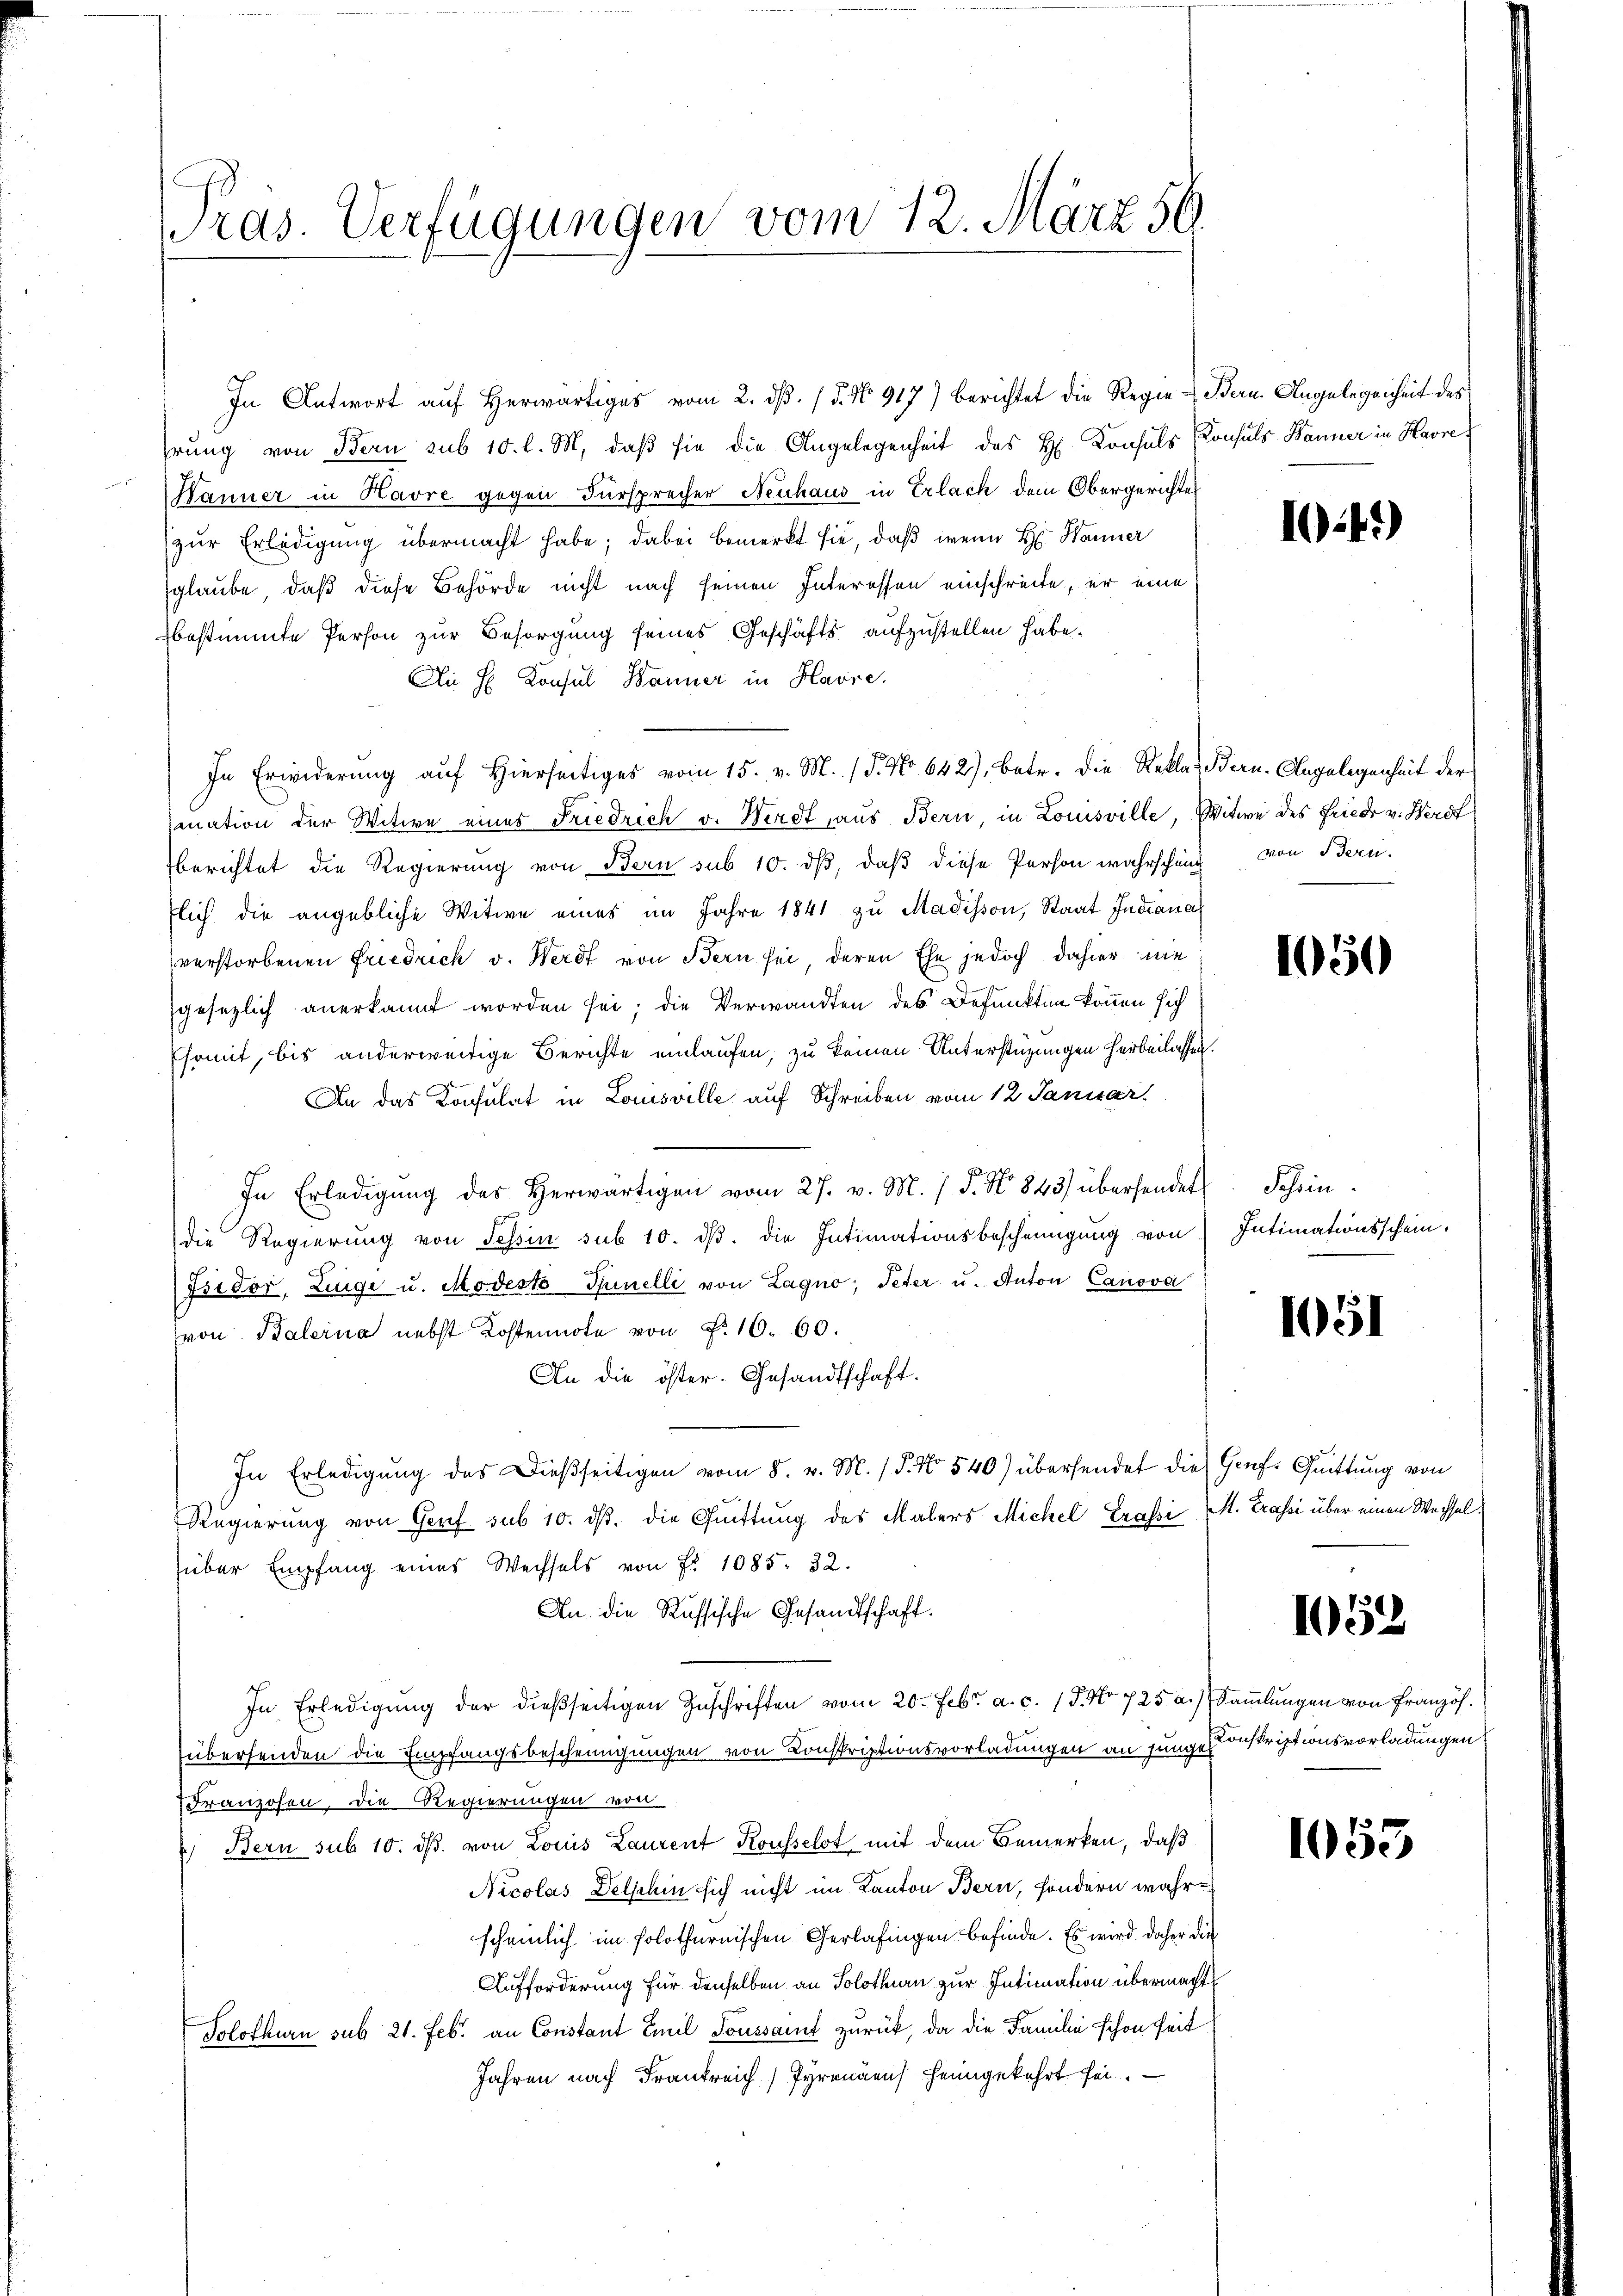
Pras. Verfügungen vom 12. März 56.

In Antwort auf Herwärtiges vom 2. dß. / 5. No 917) berichtet die Regie-Bern. Angelegenheit des
hrung von Bern sub 10. l. M. daβ sie die Angelegenheit des H. Konsuls Konsuls Banner in Havre
Hanner in Havre gegen Fürsprecher Neuhaus in Erlach dem Obergerichte
zur Erledigung übermacht habe; dabei bemerkt sie, daß wenn H: Wanner
glaube, daß diese Behörde nicht nach seinen Interessen einschreite, er eine
bestimmte Person zur Besorgung seines Geschäfts aufzustellen habe.
Ai H. Konsul Banner in Havre.
In Erwiderung auf hierseitiges vom 15. v. M. (T. No 642), betr. die Rekla Bern. Angelegenheit der
Quation der Witwe eines Friedrich v. Werdt, aus Bern, in Louisville, Witwe des Friedr v. Herdt
berichtet die Regierung von Bern sub 10. dβ, daß diese Person wahrschung von Bern.
flich die angebliche Witwe eines im Jahre 1841 zu Madisson, Staat Indiana
verstorbenen Friedrich v. Werdt von Bern sei deren Ehe jedoch dahier nie
gesezlich anerkannt worden sei; die Verwandten des Defunkten können sich
Esomit, bis anderweitige Berichte einlaufen, zu keinen Unterstüzungen herbeilassen.
An das Konsulat in Louisville auf Schreiben vom 12. Januar
In Erledigŭng des herwärtigen vom 27. v. M. / 5. No 843 übersendet
die Regierung von Tessin sub 10. dβ. die Intimationsbescheinigung von
Isidor, Zinge u. Modeste Spinelli von Lagno, Peter u. Anton Canova
(von Balerna nebst Kostennote von P. 16. 60.
An die öster. Gesandtschaft.
In Erledigŭng des Dießseitigen vom 8. v. M. (T. No 540) übersendet die Genf. Quittung von
Regierung von Gorf sub 10. ds. die Quittung des Malers Michel Grassi M. Trassi über einen Wechselüber Empfang eines Wechsels von Fr. 1085. 32.
An die Russische Gesandtschaft.
In Erledigung der dießseitigen Zuschriften vom 20. Febr. a. c. 18. No 725 a.), Sammlungen von Französ.
übersenden die Empfangsbescheinigungen von Konskriptionsvorladungen an junge Bestriptionsvorladungen
dranzosen, die Regierungen von
Bern sub 10. ds. von Louis Laurent Kousselst mit dem Bemerken, daß
Nicolas Delsehin sich nicht im Kanton Bern, sondern wahrscheinlich im folothurnischen Gerlafingen befinde. Es wird daher die
Aufforderung für denselben an Solothurn zur Intimation übermacht
Solothurn sub 21. Feb. an Constant Emil Soussamt zurück, da die Familie schon seit
Jahren nach Frankreich Gyrenaeus heimgekehrt sei.

14)

1050

Schein.
Intimationsschein.

105

1052

1055